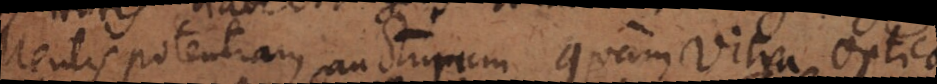
Mentis potentiam aucturum quam vitra optica